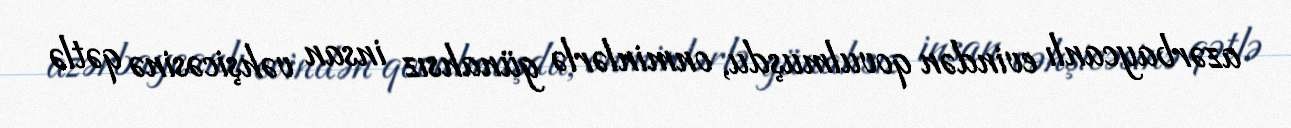
azərbaycanlı evindən qovulmuşdu, onminlərlə günahsız insan vəhşicəsinə qətlə